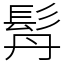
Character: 𩬅